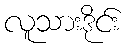
လူသားဒိုင်း